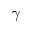
\boldsymbol { \gamma }